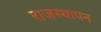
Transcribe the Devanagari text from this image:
राजस्थापन